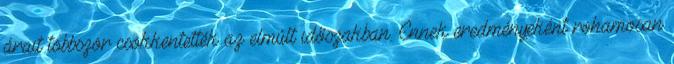
árait többször csökkentették az elmúlt időszakban. Ennek eredményeként rohamosan